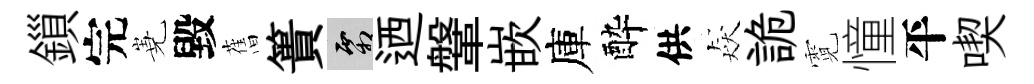
鎻完嶤毀𦾔簣霜迺鞶嵌庫酔供猋詭霓憧平喫